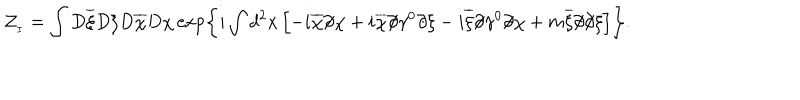
LaTeX: { \cal Z } _ { _ I } = \int D \overline { { { \xi } } } D \xi D \overline { { { \chi } } } D \chi \exp \left\{ i \int d ^ { 2 } x \left[ - i \overline { { { \chi } } } \partial \! \! \! / \chi + i \overline { { { \chi } } } \partial \! \! \! / \gamma ^ { 0 } \partial \! \! \! / \xi - i \overline { { { \xi } } } \partial \! \! \! / \gamma ^ { 0 } \partial \! \! \! / \chi + m \overline { { { \xi } } } \partial \! \! \! / \partial \! \! \! / \xi \right] \right\} .